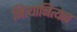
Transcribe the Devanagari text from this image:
नित्यानित्यत्व